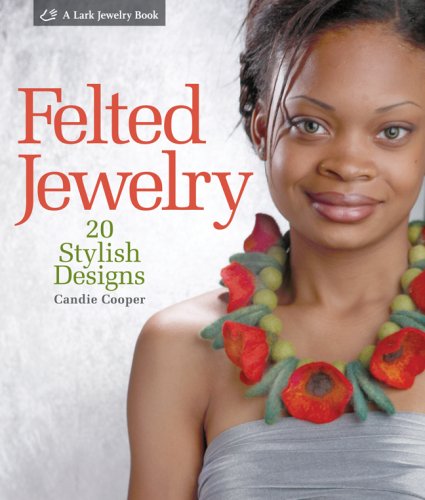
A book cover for Felted Jewelry: 20 Stylish Designs (Lark Jewelry Books); Candie Cooper; Crafts, Hobbies & Home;